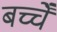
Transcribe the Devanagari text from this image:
बच्चेँ